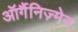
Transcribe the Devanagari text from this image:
ऑर्गैनिज़्मेन